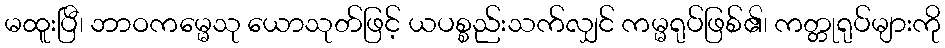
မထူးပြီ၊ ဘာဝကမ္မေသု ယောသုတ်ဖြင့် ယပစ္စည်းသက်လျှင် ကမ္မရုပ်ဖြစ်၏၊ ကတ္တုရုပ်များကို